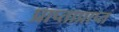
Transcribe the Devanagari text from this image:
प्राप्ताप्राप्त